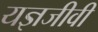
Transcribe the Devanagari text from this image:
यज्ञजीवी